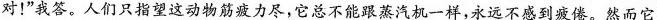
对！”我答。人们只指望这动物筋疲力尽，它总不能跟蒸汽机一样，永远不感到疲倦。然而它